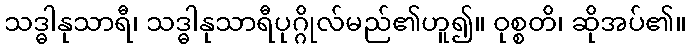
သဒ္ဓါနုသာရီ၊ သဒ္ဓါနုသာရီပုဂ္ဂိုလ်မည်၏ဟူ၍။ ဝုစ္စတိ၊ ဆိုအပ်၏။